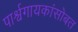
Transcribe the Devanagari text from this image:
पार्श्वगायकांसोबत